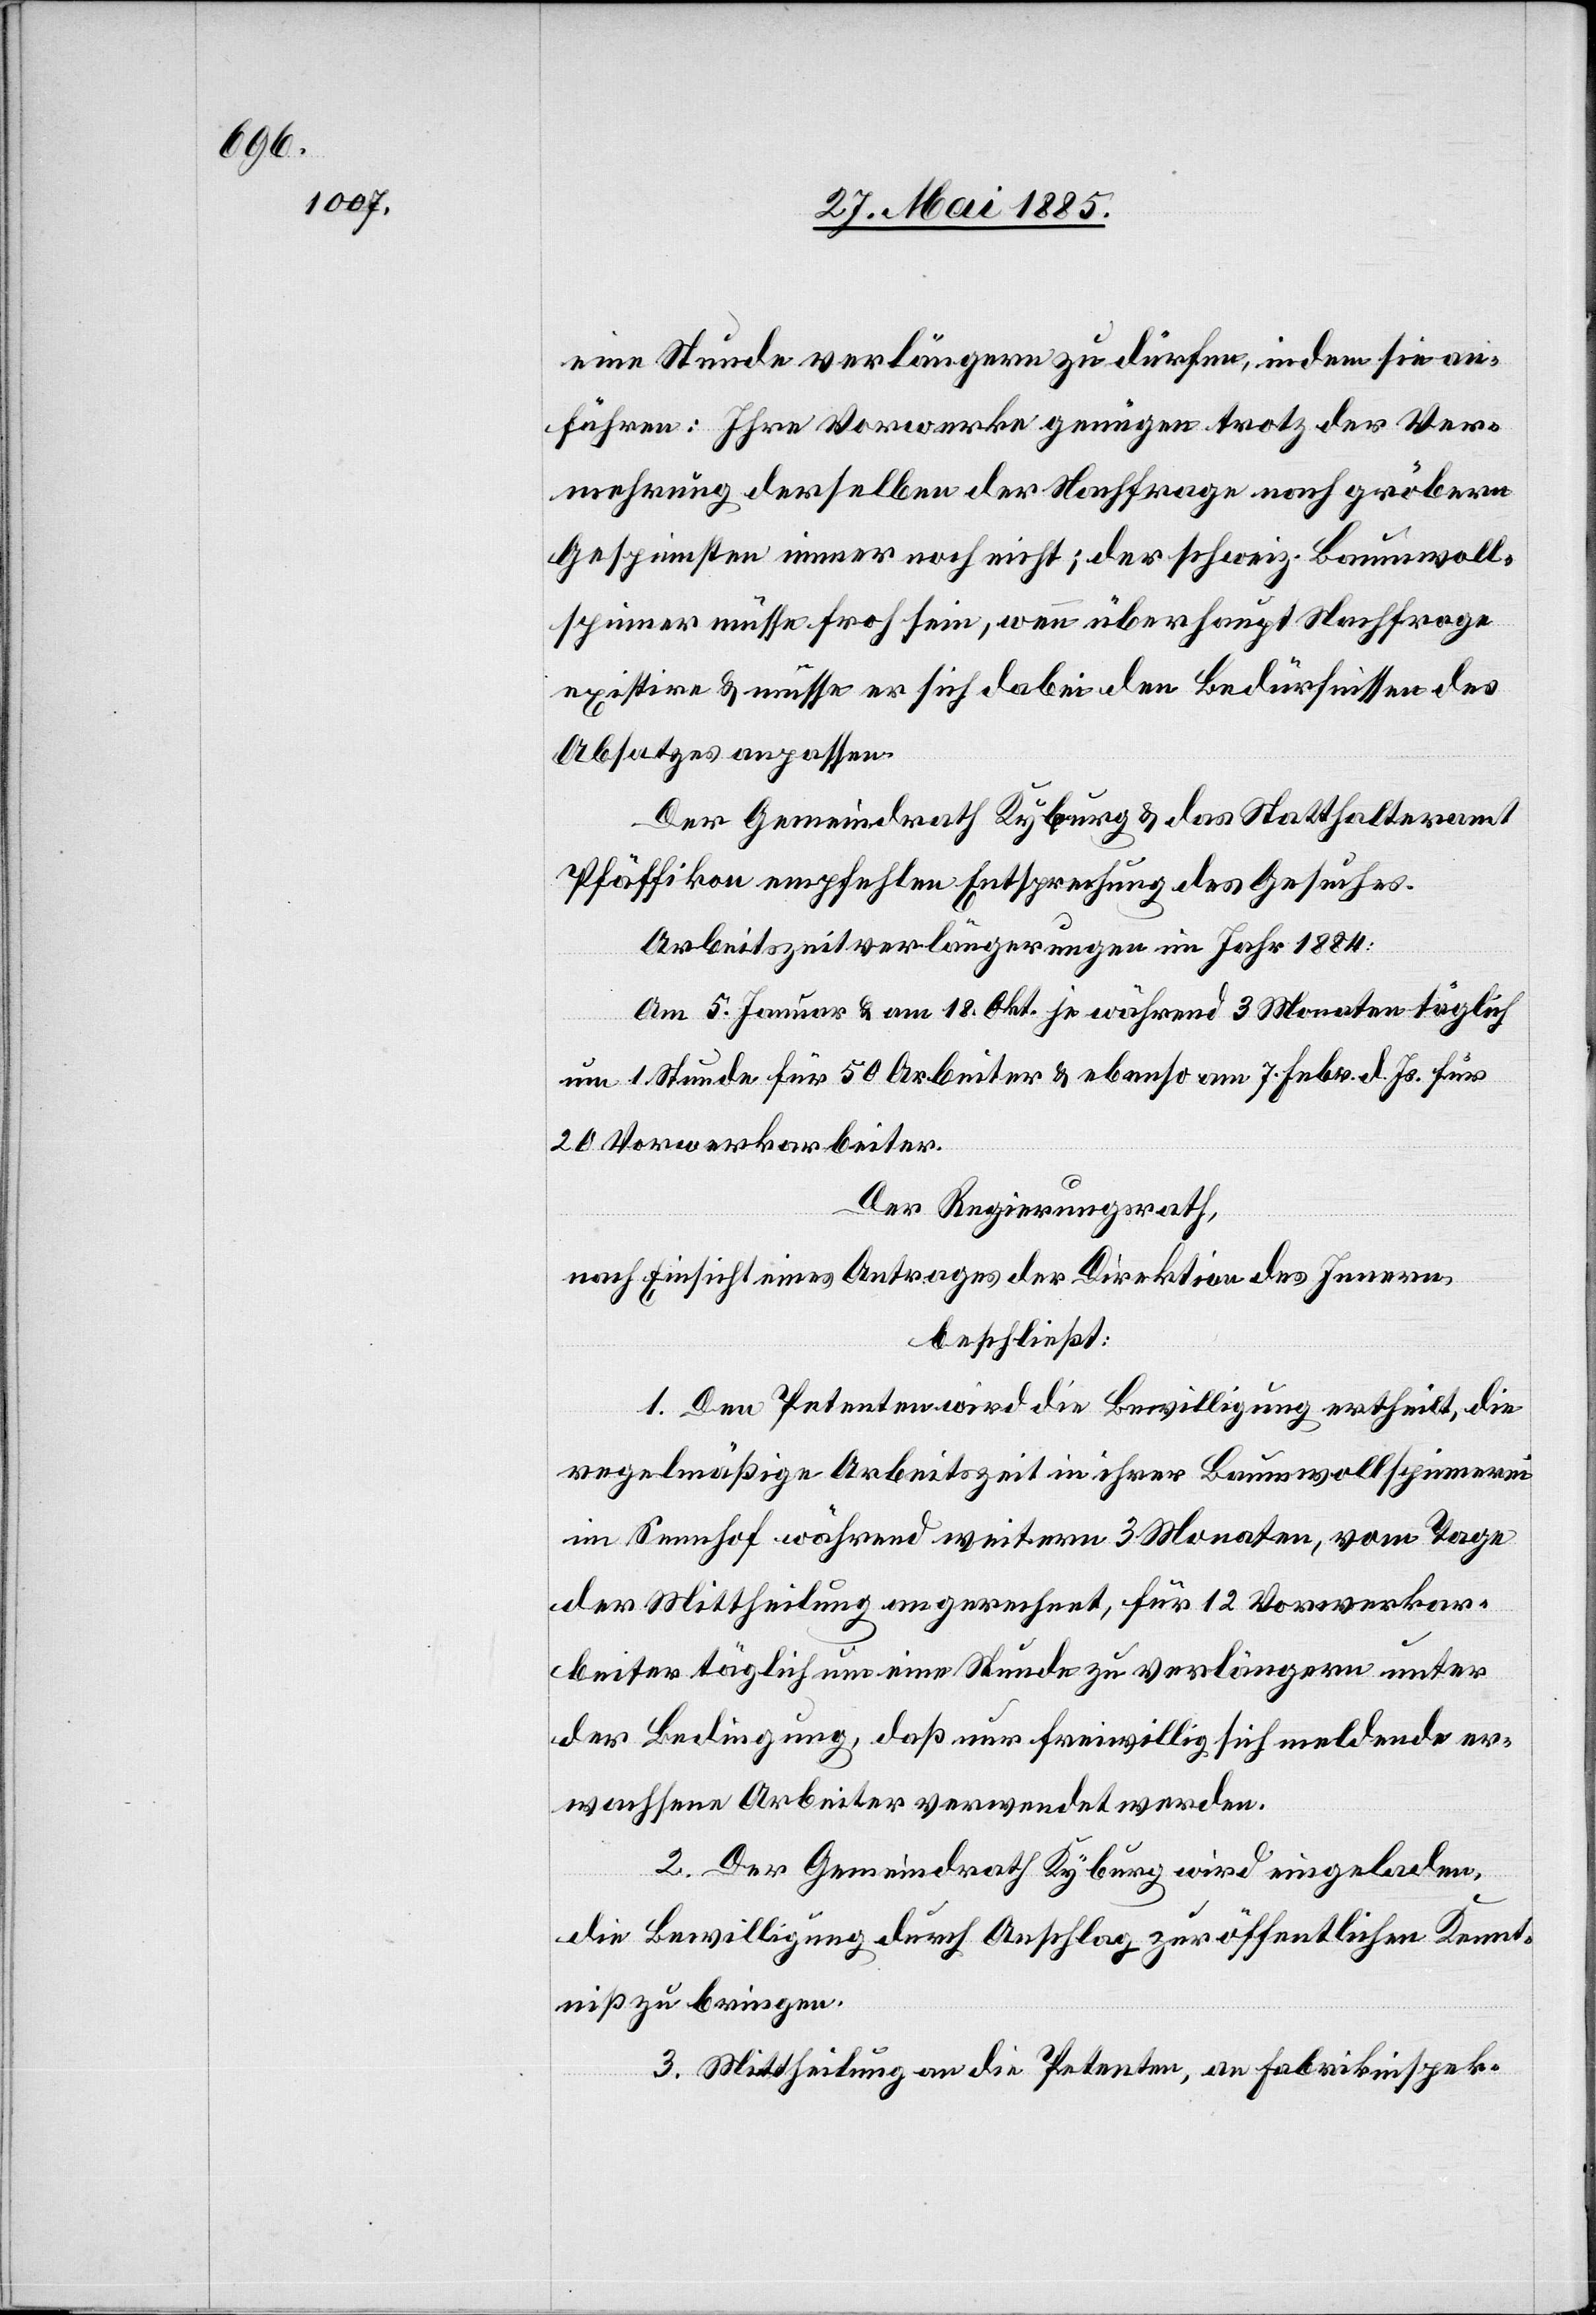
eine Stunde verlängern zu dürfen, indem sie an¬
führen: Ihre Vorwerke genügen trotz der Ver¬
mehrung derselben der Nachfrage nach gröbern
Gespinnsten immer noch nicht; der schweiz. Baumwoll¬
spinner müsse froh sein, wenn überhaupt Nachfrage
existire & müsse er sich dabei den Bedürfnissen des
Absatzes anpassen.
Der Gemeindrath Kyburg & das Statthalteramt
Pfäffikon empfehlen Entsprechung des Gesuches.
Arbeitszeitverlängerungen im Jahr 1884:
Am 5. Januar & am 18. Okt. je während 3 Monaten täglich
um 1 Stunde für 50 Arbeiter & ebenso am 7. Febr. d. Js. für
20 Vorwerkarbeiter.
Der Regierungsrath
nach Einsicht eines Antrages der Direktion des Innern,
beschließt:
1. Dem Petenten wird die Bewilligung ertheilt, die
regelmäßige Arbeitszeit in ihrer Baumwollspinnerei
im Sennhof während weitern 3 Monaten, vom Tage
der Mittheilung an gerechnet, für 12 Vorwerkar¬
beiter täglich um eine Stunde zu verlängern unter
der Bedingung, daß nur freiwillig sich meldende er¬
wachsene Arbeiter verwendet werden.
2. Der Gemeindrath Kyburg wird eingeladen,
die Bewilligung durch Anschlag zur öffentlichen Kennt¬
niß zu bringen.
3. Mittheilung an die Petenten, an Fabrikinspek-